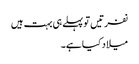
نفرتیں تو پہلے ہی بہت ہیں
میلاد کیا ہے۔